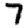
Digit: 7